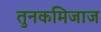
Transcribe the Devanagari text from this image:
तुनकमिजाज